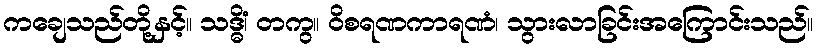
ကချေသည်တို့နှင့်။ သဒ္ဓိံ၊ တကွ။ ဝိစရဏကာရဏံ၊ သွားလာခြင်းအကြောင်းသည်။